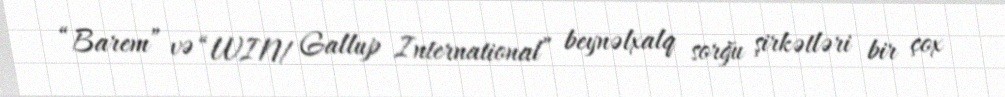
“Barem” və “WIN/ Gallup International” beynəlxalq sorğu şirkətləri bir çox